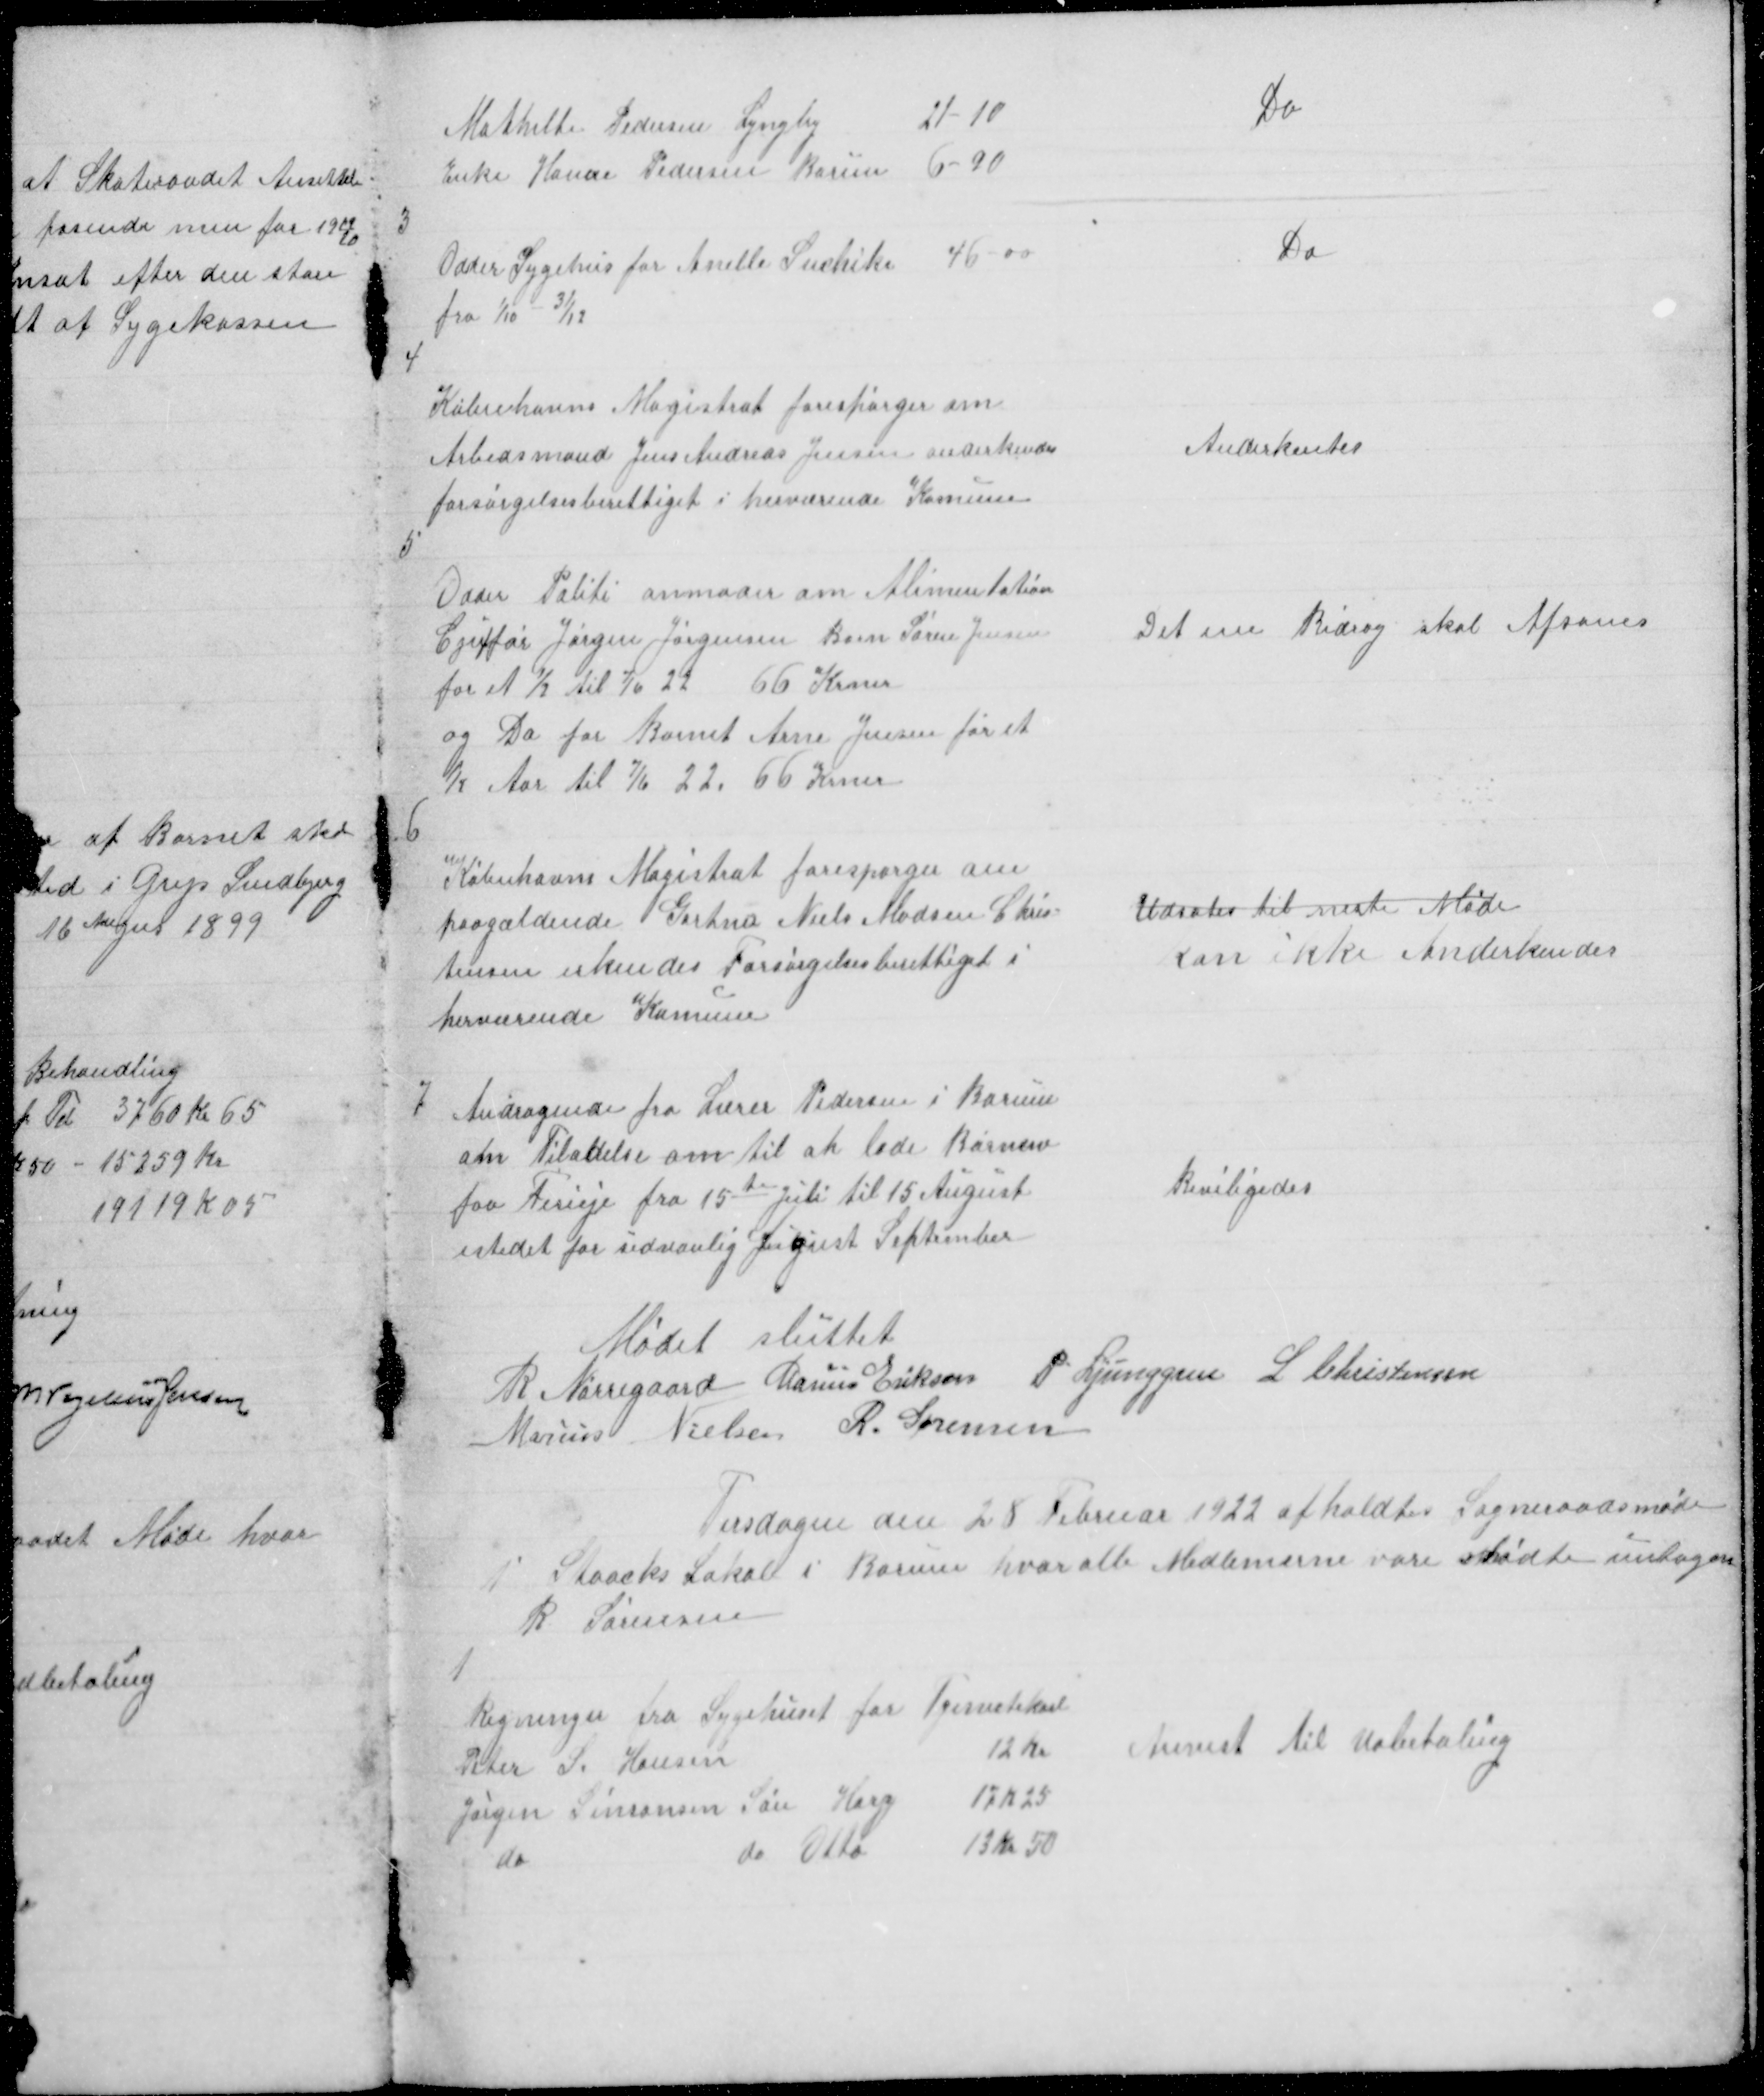
Transskription:
Mathilde Pedersen Lyngby
21 - 10
Enke Hanne Pedersen Borum 6-90

Do

3

Odder Sygehus for Anellee Sushiki 46 - 00
fra 1/10  - 31/12

Do

4

Københavns Magistrat forespørger om
Arbedsmand Jens Andreas Jensen anderkendes
forsørgelsesberettiget i herværende Komune

Anderkentes

5

Odder Politi anmoder om Alimentation
Cjuffør Jørgen Jørgensen Barn Søren Jensen
for et ½ Aar til 7/6 22
66 Krner
og Do for Barnet Arne Jensen for et
½ Aar til 7/6 22 66 Krner

Det ene Bidrag skal Afsones

6

Københavns Magistrat forespørger om
paagældende Gartner Niels Madsen Chris =
tensen erkendes Forsørgelsesberettiget i
herværende Komune

Udsates til neste Møde
Kan ikke Anderkendes

7

Andragende fra Lærer Pedersen i Borum
om Tiladelse om til at lade Børnene
faa Ferieje fra 15te Juli til 15 August
istedet for sedvanlig August September

Beviligedes

Mødet sluttet
R Nørregaard Marius Eriksen P Ljunggren L Christensen
Marius Nielsen R. Sørensen

Tirsdagen den 28 Februar 1922 afholdtes Sogneraadsmøde
Staacks Lokale i Borum hvor alle Medlemerne vare mødte untagen
R Sørensen

1

Regninger fra Sygehuset for Tjenestekarl
Peter S Hansen
12 Kr
Jørgen Sørensen Søn Hary
17 K 25
do
do Otto
13 Kr 50

Anvist til Udbetaling